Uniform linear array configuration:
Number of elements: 24
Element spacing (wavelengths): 0.75
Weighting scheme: cosine
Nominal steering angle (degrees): -45
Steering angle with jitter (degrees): -46.696
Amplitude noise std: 0.05
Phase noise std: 0.05

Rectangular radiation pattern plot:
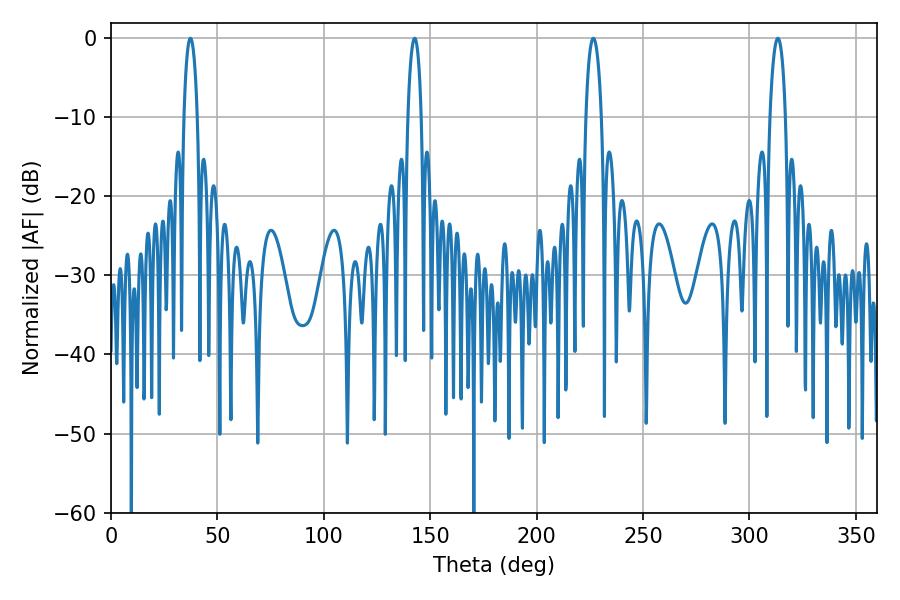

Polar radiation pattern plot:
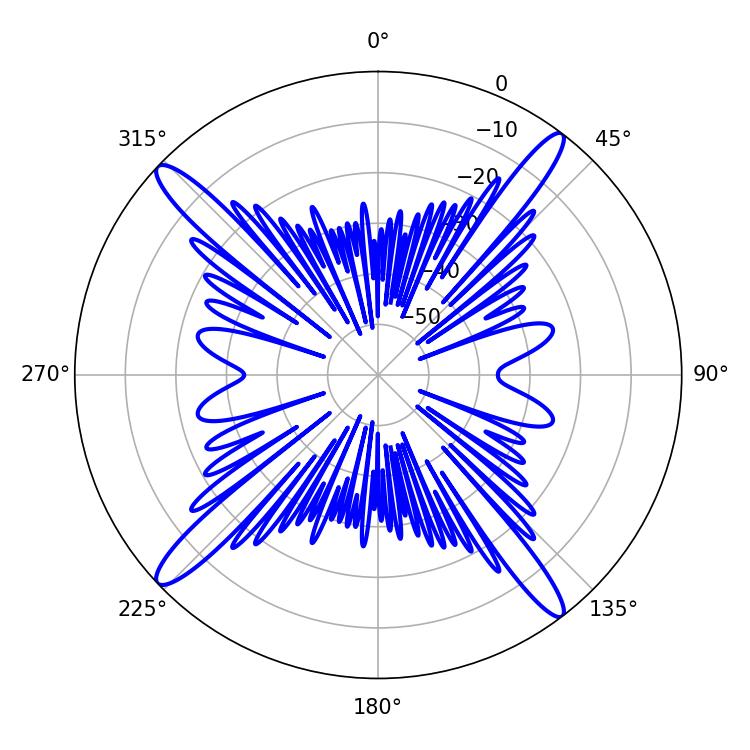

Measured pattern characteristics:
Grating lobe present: TRUE
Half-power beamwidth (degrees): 4.14
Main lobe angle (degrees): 226.62